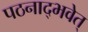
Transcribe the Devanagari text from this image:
पठनाद्भवेत्